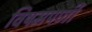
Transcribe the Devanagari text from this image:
विषमपर्णी